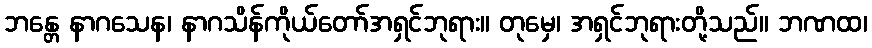
ဘန္တေ နာဂသေန၊ နာဂသိန်ကိုယ်တော်အရှင်ဘုရား။ တုမှေ၊ အရှင်ဘုရားတို့သည်။ ဘဏထ၊